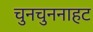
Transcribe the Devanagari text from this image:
चुनचुननाहट